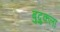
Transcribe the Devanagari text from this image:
बुद्रुकला